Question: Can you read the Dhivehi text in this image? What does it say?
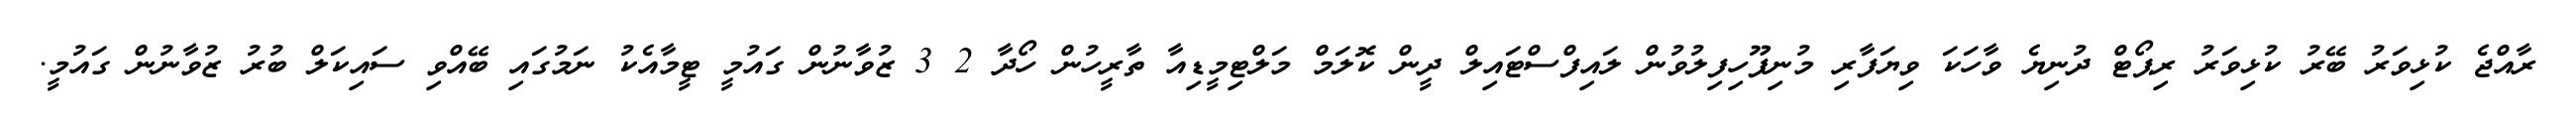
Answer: ރާއްޖެ ކުޅިވަރު ބޭރު ކުޅިވަރު ރިޕޯޓް ދުނިޔެ ވާހަކަ ވިޔަފާރި މުނިފޫހިފިލުވުން ލައިފްސްޓައިލް ދީން ކޮލަމް މަލްޓިމީޑިއާ ތާރީހުން ހޯދާ 2 3 ޒުވާނުން ގައުމީ ޓީމާއެކު ނަމުގައި ބޭއްވި ސައިކަލް ބުރު ޒުވާނުން ގައުމީ.